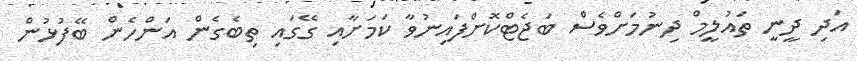
އަދި ދީނީ ތައުލީމް ދިނުމަށްވެސް ބަޖެޓްކޮށްފައިނުވާ ކަމަށާއި ގޭގައި ތިބެގެން އަންހެން ބޭފުޅުން